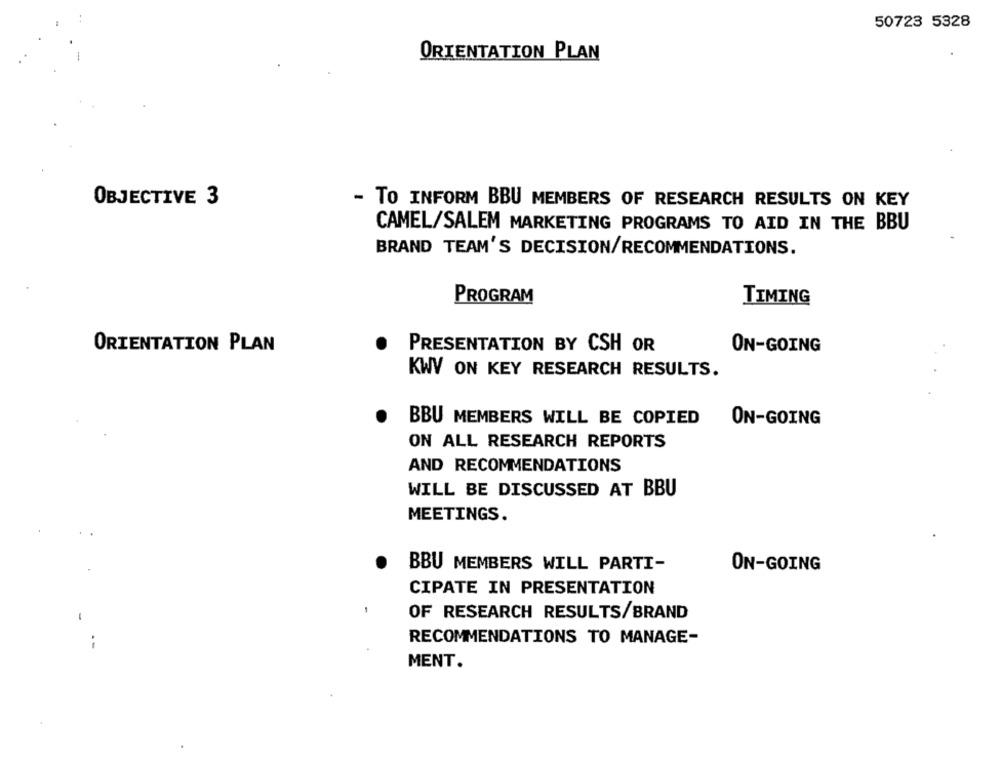
50723 5328
ORIENTATION PLAN
OBJECTIVE 3
- TO INFORM BBU MEMBERS OF RESEARCH RESULTS ON KEY
CAMEL/SALEM MARKETING PROGRAMS TO AID IN THE BBU
BRAND TEAM'S DECISION/RECOMMENDATIONS.
PROGRAM
TIMING
ORIENTATION PLAN
PRESENTATION BY CSH OR
ON-GOING
KWV ON KEY RESEARCH RESULTS.
BBU MEMBERS WILL BE COPIED
ON-GOING
ON ALL RESEARCH REPORTS
AND RECOMMENDATIONS
WILL BE DISCUSSED AT BBU
MEETINGS.
BBU MEMBERS WILL PARTI-
ON-GOING
CIPATE IN PRESENTATION
OF RESEARCH RESULTS/BRAND
RECOMMENDATIONS TO MANAGE-
MENT.